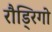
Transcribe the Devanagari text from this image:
रौड्रिगो